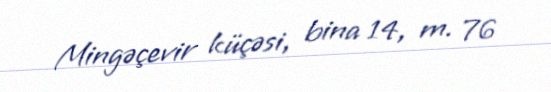
Mingəçevir küçəsi, bina 14, m. 76